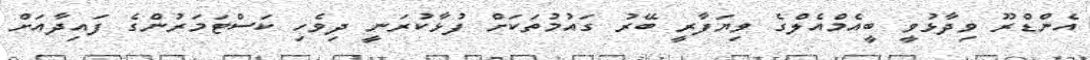
އެންޑްްރޫ ވިދާޅުވީ ބީއެމްއެލްގެ ވިޔަފާރީ ބޭރު ގައުމުތަކަށް ފުޅާކުރަނީީ ދިވެހި ކަސްޓަމަރުންގެ ފައިދާއަށް